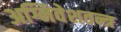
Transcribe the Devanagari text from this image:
अग्निवेशतन्त्र